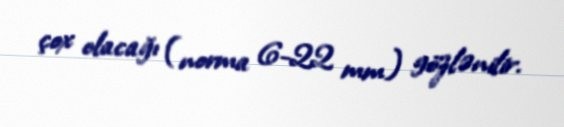
çox olacağı (norma 6-22 mm) gözlənilir.